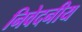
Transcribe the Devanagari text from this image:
निवेदनीय